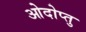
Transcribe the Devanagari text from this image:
ओदोप्तु